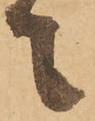
て